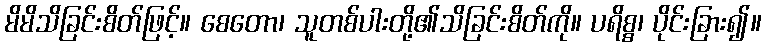
မိမိသိခြင်းစိတ်ဖြင့်။ စေတော၊ သူတစ်ပါးတို့၏သိခြင်းစိတ်ကို။ ပရိစ္စ၊ ပိုင်းခြား၍။